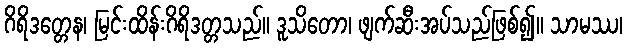
ဂိရိဒတ္တေန၊ မြင်းထိန်းဂိရိဒတ္တသည်။ ဒူသိတော၊ ဖျက်ဆီးအပ်သည်ဖြစ်၍။ သာမဿ၊